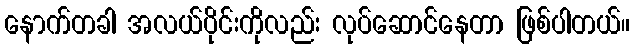
နောက်တခါ အလယ်ပိုင်းကိုလည်း လုပ်ဆောင်နေတာ ဖြစ်ပါတယ်။